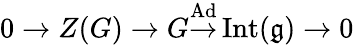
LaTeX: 0\to Z(G)\to G{\overset{\operatorname{Ad}}{\to}}\operatorname{Int}({\mathfrak{g}})\to 0